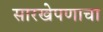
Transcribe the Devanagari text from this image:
सारखेपणाचा